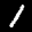
Label: 1